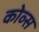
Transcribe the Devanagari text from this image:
कोव्स